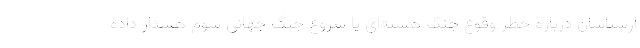
ارشناسان درباره خطر وقوع جنگ هسته‌ای یا شروع جنگ جهانی سوم هشدار داده